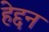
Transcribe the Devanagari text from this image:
हेद्दन